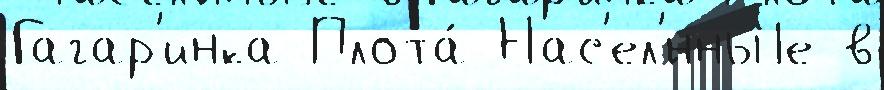
Гагар'инка Плота́ Нас'ел'́нныjе в